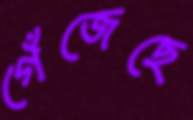
গেঁজেছে